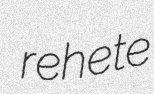
rehete